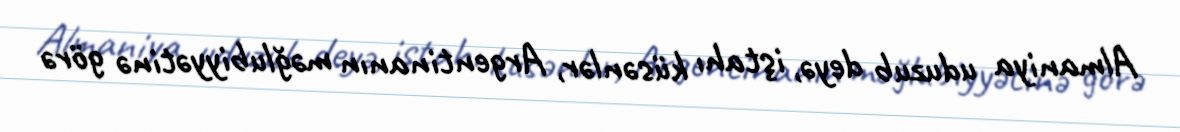
Almaniya uduzub deyə, iştahı küsənlər, Argentinanın məğlubiyyətinə görə